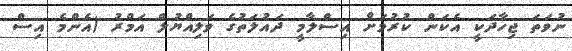
ނުވަތަ ޖިހާދަކީ އެކަން ކުރުމަށް އިސްލާމީ ދައުލަތުގެ ވަލިއްޔުލް އަމްރު (އެންމެ އިސް